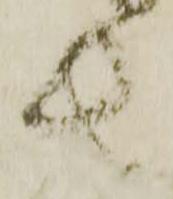
者